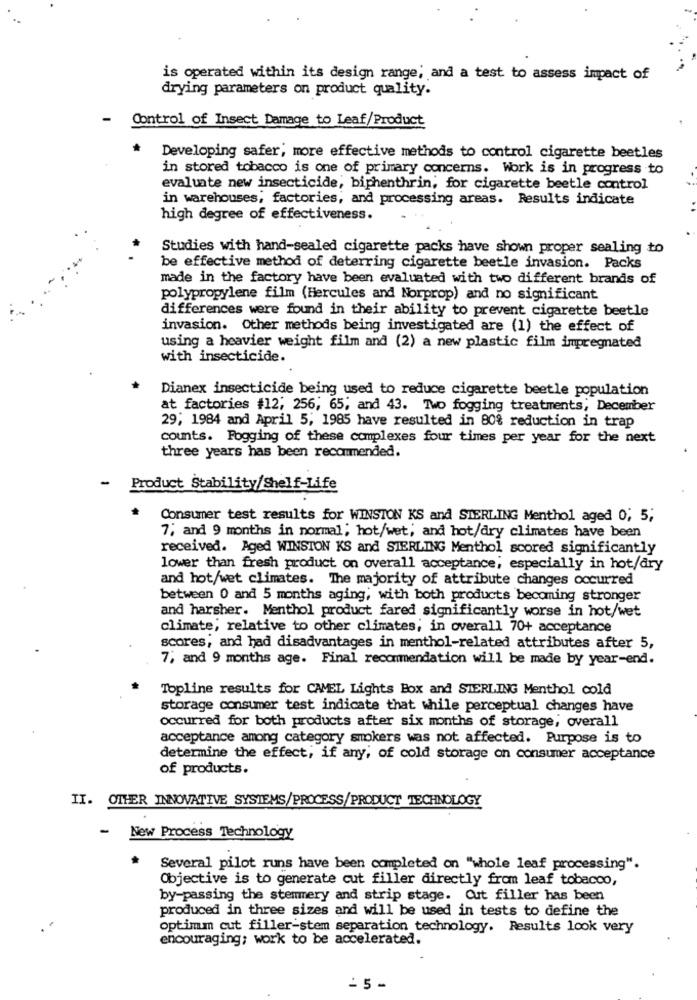
is operated within its design range, and a test to assess impact of
drying parameters on product quality.
Control of Insect Damage to Leaf/Product
Developing safer, more effective methods to control cigarette beetles
in stored tobacco is one of primary concerns. Work is in progress to
evaluate new insecticide, biphenthrin, for cigarette beetle control
in warehouses, factories, and processing areas. Results indicate
high degree of effectiveness.
Studies with hand-sealed cigarette packs have shown proper sealing to
be effective method of deterring cigarette beetle invasion. Packs
made in the factory have been evaluated with two different brands of
polypropylene film (Hercules and Norprop) and no significant
differences were found in their ability to prevent cigarette beetle
invasion. Other methods being investigated are (1) the effect of
using a heavier weight film and (2) a new plastic film impregnated
with insecticide.
Dianex insecticide being used to reduce cigarette beetle population
at factories #12, 256, 65; and 43. Two fogging treatments, December
29; 1984 and April 5; 1985 have resulted in 80% reduction in trap
counts. Fogging of these complexes four times per year for the next
three years has been recommended.
Product Stability/Shelf-Life
Consumer test results for WINSTON KS and STERLING Menthol aged 0; 5;
7, and 9 months in normal; hot/wet; and hot/dry climates have been
received. Aged WINSTON KS and STERLING Menthol scored significantly
lower than fresh product on overall acceptance; especially in hot/ary
and hot/wet climates. The majority of attribute changes occurred
between 0 and 5 months aging, with both products becoming stronger
and harsher. Menthol product fared significantly worse in hot/wet
climate; relative to other climates; in overall 70+ acceptance
scores, and had disadvantages in menthol-related attributes after 5,
7; and 9 months age. Final recommendation will be made by year-end.
Topline results for CAMEL Lights Box and STERLING Menthol cold
storage consumer test indicate that while perceptual changes have
occurred for both products after six months of storage, overall
acceptance among category smokers was not affected. Purpose is to
determine the effect, if any, of cold storage on consumer acceptance
of products.
II. OTHER INNOVATIVE SYSTEMS/PROCESS/PRODUCT TECHNOLOGY
-
New Process Technology
Several pilot runs have been completed on "whole leaf processing".
Objective is to generate cut filler directly from leaf tobacco,
by-passing the stemmery and strip stage. Cut filler has been
produced in three sizes and will be used in tests to define the
optimum cut filler-stem separation technology. Results look very
encouraging; work to be accelerated.
- 5 -